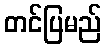
တင်ပြမည်